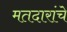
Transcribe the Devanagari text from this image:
मतदारांचे